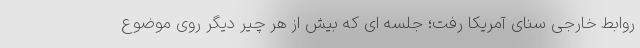
روابط خارجی سنای آمریکا رفت؛ جلسه ای که بیش از هر چیر دیگر روی موضوع